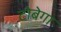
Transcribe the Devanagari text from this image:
टोबेगा